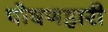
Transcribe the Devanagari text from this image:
पोषणहारी